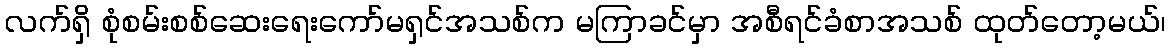
လက်ရှိ စုံစမ်းစစ်ဆေးရေးကော်မရှင်အသစ်က မကြာခင်မှာ အစီရင်ခံစာအသစ် ထုတ်တော့မယ်၊